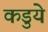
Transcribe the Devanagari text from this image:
कडुये